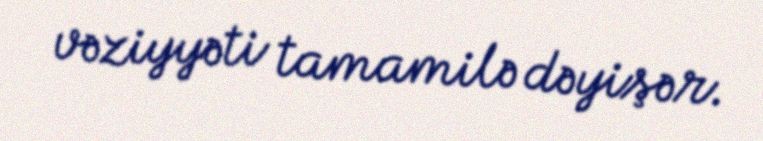
vəziyyəti tamamilə dəyişər.